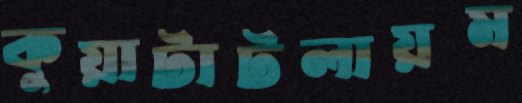
কুয়াটাটলায়ম